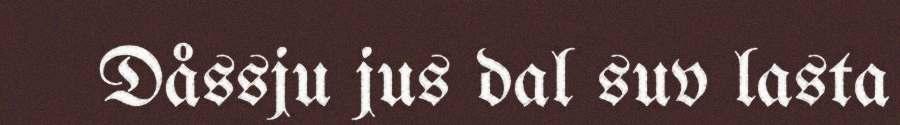
Dåssju jus dal suv lasta